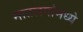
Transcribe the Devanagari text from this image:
नातलगांमध्ये